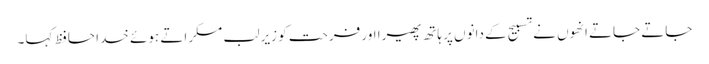
جاتے جاتے انھوں نے تسبیح کے دانوں پر ہاتھ پھیرا اور فرحت کو زیرِ لب مسکراتے ہوئے خدا حافظ کہا۔